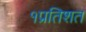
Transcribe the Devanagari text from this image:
१प्रतिशत